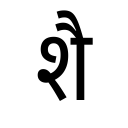
OCR:
शै